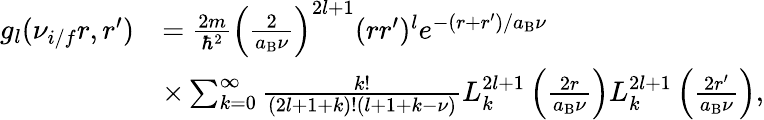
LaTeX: \begin{array}{rl}{g_{l}(\nu_{i/f}r,r^{\prime})}&{=\frac{2m}{\hbar^{2}}\left(\frac{2}{a_{\mathrm{B}}\nu}\right)^{2l+1}(rr^{\prime})^{l}e^{-(r+r^{\prime})/a_{\mathrm{B}}\nu}}\\ &{\times\sum_{k=0}^{\infty}\frac{k!}{(2l+1+k)!(l+1+k-\nu)}L_{k}^{2l+1}\left(\frac{2r}{a_{\mathrm{B}}\nu}\right)L_{k}^{2l+1}\left(\frac{2r^{\prime}}{a_{\mathrm{B}}\nu}\right),}\end{array}